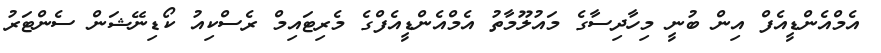
އެމްއެންޑީއެފް އިން ބުނީ މިހާދިސާގެ މައުލޫމާތު އެމްއެންޑީއެފްގެ މެރިޓައިމް ރެސްކިއު ކޯޑިނޭޝަން ސެންޓަރު